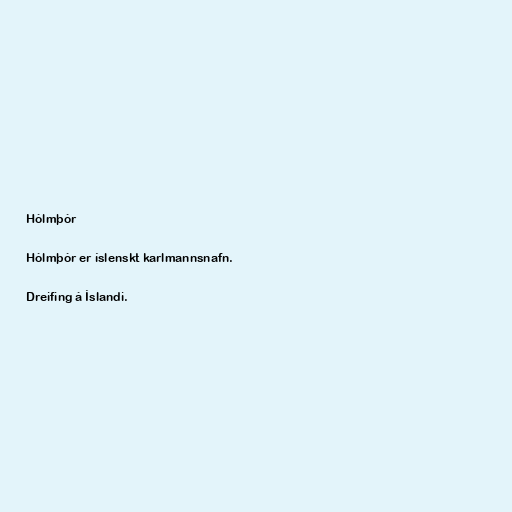
Hólmþór

Hólmþór er íslenskt karlmannsnafn.

Dreifing á Íslandi.